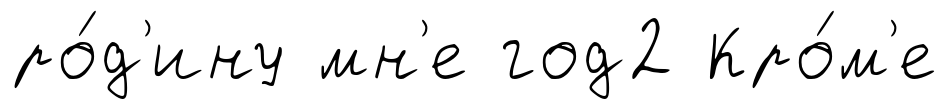
ро́д'ину мн'е год2 Кро́м'е